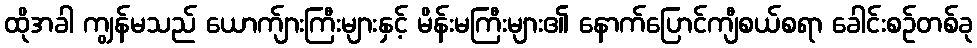
ထိုအခါ ကျွန်မသည် ယောက်ျားကြီးများနှင့် မိန်းမကြီးများ၏ နောက်ပြောင်ကျီစယ်စရာ ခေါင်းစဉ်တစ်ခု